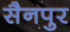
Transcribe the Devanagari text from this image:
सैनपुर